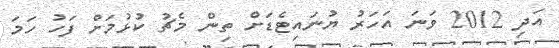
އަދި 2012 ވަނަ އަހަރު ޔުނައިޓެޑަށް ތިން މެޗު ކުޅުމަށް ފަހު ހަމަ